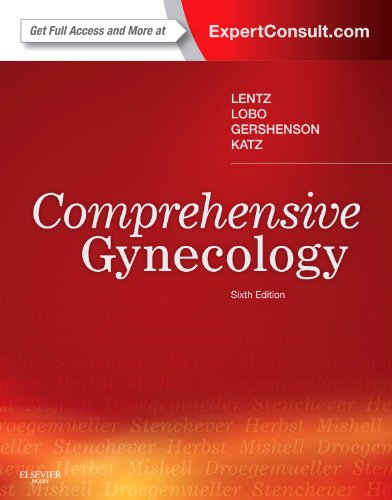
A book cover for Comprehensive Gynecology, 6e (Comprehensive Gynecology (Mishell/Herbst)); Gretchen M Lentz MD; Medical Books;